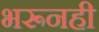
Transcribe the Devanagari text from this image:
भरूनही